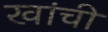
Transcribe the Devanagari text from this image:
खांची